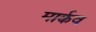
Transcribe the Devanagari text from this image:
मार्कव